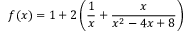
f ( x ) = 1 + 2 \left( { \frac { 1 } { x } } + { \frac { x } { x ^ { 2 } - 4 x + 8 } } \right)